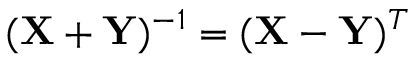
( \protect \mathbf { X + Y } ) ^ { - 1 } = ( \protect \mathbf { X - Y } ) ^ { T }